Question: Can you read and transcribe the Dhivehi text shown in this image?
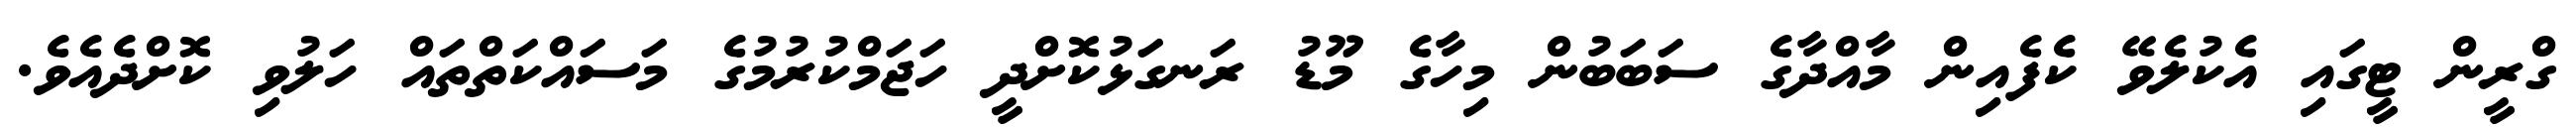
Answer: ގްރީން ޓީގައި އެކުލެވޭ ކެފެއިން މާއްދާގެ ސަބަބުން މިހާގެ މޫޑު ރަނގަޅުކޮށްދީ ހަޖަމްކުރުމުގެ މަސައްކަތްތައް ހަލުވި ކޮށްދެއެވެ.